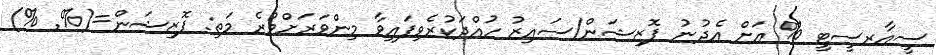
ސީއާރސީޓީ % އަށް އެދުނު ޕޮޒިޝަން/ސައިޒު ހުއްދަކުރެވިފައިވާ މިންވަރަށްވުރެ މަތި: ޕޮޒިޝަން=(%